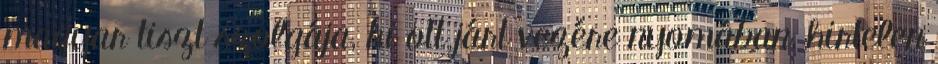
magyar tiszt szolgája, ki ott járt vezére nyomában, hirtelen